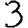
Digit: 3